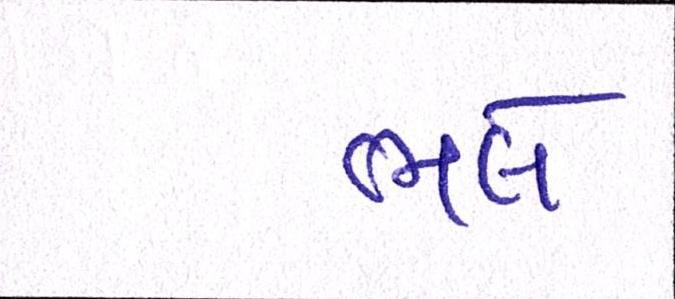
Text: ભલે